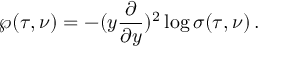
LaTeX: \wp ( \tau , \nu ) = - ( y \frac { \partial } { \partial y } ) ^ { 2 } \log \sigma ( \tau , \nu ) \, .